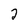
Character: 2